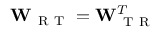
\mathbf { W } _ { \mathrm { ~ R ~ T ~ } } = \mathbf { W } _ { \mathrm { ~ T ~ R ~ } } ^ { T }